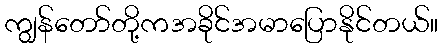
ကျွန်တော်တို့ကအခိုင်အမာပြောနိုင်တယ်။